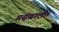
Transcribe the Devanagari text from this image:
गढ़वाली।